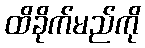
ထိခိုက်မည်ကို